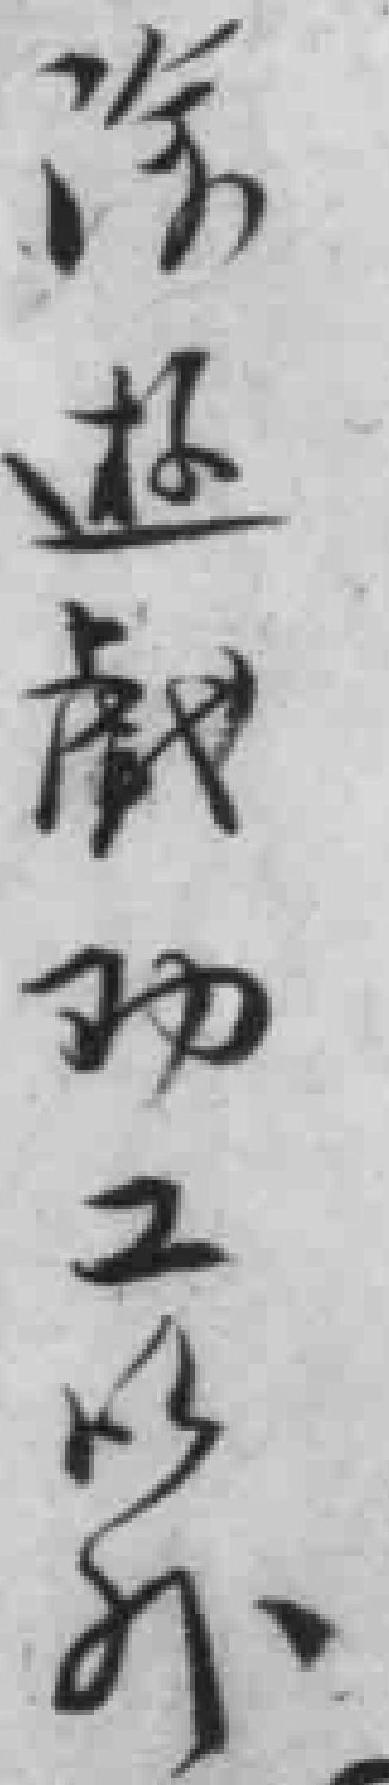
除遊戯功夫以外